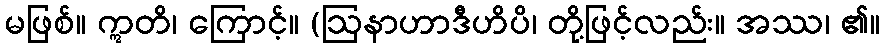
မဖြစ်။ ဣတိ၊ ကြောင့်။ (ဩနာဟာဒီဟိပိ၊ တို့ဖြင့်လည်း။ အဿ၊ ၏။